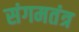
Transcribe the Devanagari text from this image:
संगमतंत्र